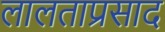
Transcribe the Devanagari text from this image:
लालताप्रसाद